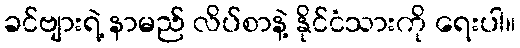
ခင်ဗျားရဲ့ နာမည် လိပ်စာနဲ့ နိုင်ငံသားကို ရေးပါ။